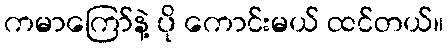
ကမာကြော်နဲ့ ပို ကောင်းမယ် ထင်တယ်။